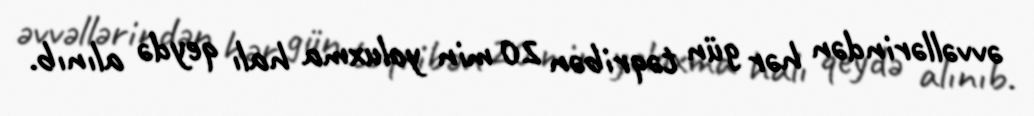
əvvəllərindən hər gün təqribən 20 min yoluxma halı qeydə alınıb.